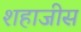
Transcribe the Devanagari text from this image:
शहाजीस